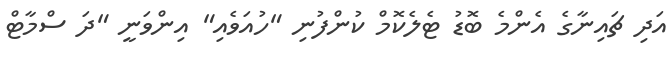
އަދި ޗައިނާގެ އެންމެ ބޮޑު ޓެލެކޮމް ކުންފުނި "ހުއަވެއި" އިންވަނީ "ދަ ސްމާޓް